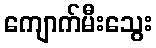
ကျောက်မီးသွေး